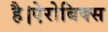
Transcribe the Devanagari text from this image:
है।ऐरोबिक्स